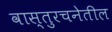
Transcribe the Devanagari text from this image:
वास्तुरचनेतील